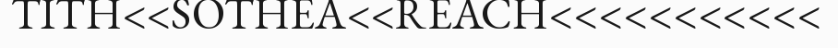
TITH<<SOTHEA<<REACH<<<<<<<<<<<